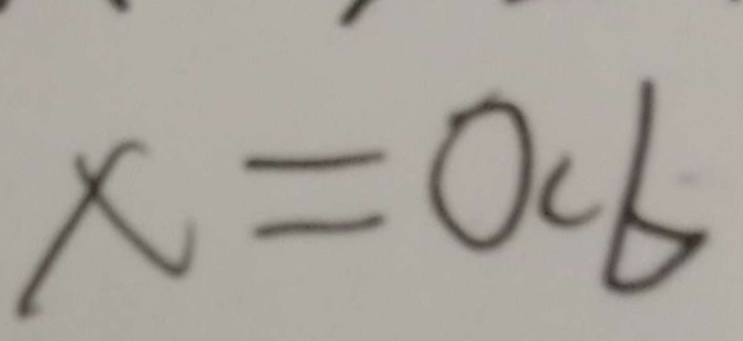
x = o c b